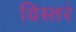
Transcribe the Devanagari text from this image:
विस्तरं